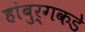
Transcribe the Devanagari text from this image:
हांबुर्गकडे